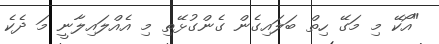
"އޯކޭ މި މަގޭ ހިތް ބަލައިގެން ގެންގުޅޭތި މި އެއްލައިލާނީ މަ ދެކެ